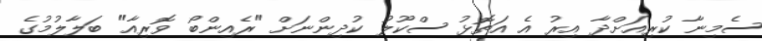
ސެމިނާ ކުރިއަށްދާ އިރު އެ އަތޮޅު ސްކޫލު ކުދިންނަށް "ރެއިންބޯ ވޮރިއާ" ބަލާލުމުގެ